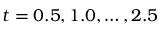
t = 0 . 5 , 1 . 0 , \ldots , 2 . 5